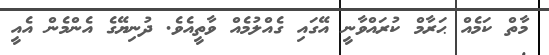
މާތް ކަމެއް ޙަރާމް ކުރައްވާނީ އޭގައި ގެއްލުމެއް ވާތީއެވެ. ދުނިޔޭގެ އެންމެން އެއީ